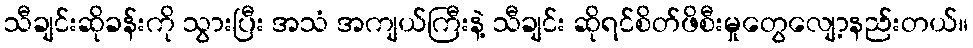
သီချင်းဆိုခန်းကို သွားပြီး အသံ အကျယ်ကြီးနဲ့ သီချင်း ဆိုရင်စိတ်ဖိစီးမှုတွေလျော့နည်းတယ်။